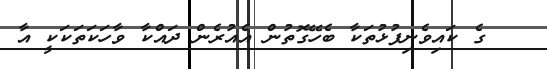
ގެ ކައިވެނިފުޅުތަކާ ބެހޭގޮތުން އެއުރެން ދައްކާ ވާހަކަތަކަކީ އާ